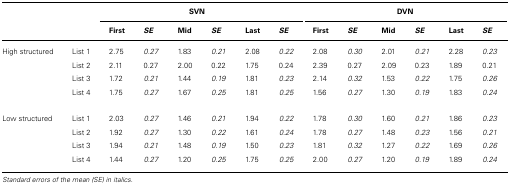
<table><thead><tr><td>[EMPTY_CELL]</td><td>[EMPTY_CELL]</td><td colspan="6"><b>SVN</b></td><td colspan="6"><b>DVN</b></td></tr><tr><td>[EMPTY_CELL]</td><td>[EMPTY_CELL]</td><td><b>First</b></td><td><b><i>SE</i></b></td><td><b>Mid</b></td><td><b><i>SE</i></b></td><td><b>Last</b></td><td><b><i>SE</i></b></td><td><b>First</b></td><td><b><i>SE</i></b></td><td><b>Mid</b></td><td><b><i>SE</i></b></td><td><b>Last</b></td><td><b><i>SE</i></b></td></tr></thead><tbody><tr><td>High structured</td><td>List 1</td><td>2.75</td><td><i>0.27</i></td><td>1.83</td><td><i>0.21</i></td><td>2.08</td><td><i>0.22</i></td><td>2.08</td><td><i>0.30</i></td><td>2.01</td><td><i>0.21</i></td><td>2.28</td><td><i>0.23</i></td></tr><tr><td>[EMPTY_CELL]</td><td>List 2</td><td>2.11</td><td>0.27</td><td>2.00</td><td>0.22</td><td>1.75</td><td>0.24</td><td>2.39</td><td>0.27</td><td>2.09</td><td>0.23</td><td>1.89</td><td>0.21</td></tr><tr><td>[EMPTY_CELL]</td><td>List 3</td><td>1.72</td><td><i>0.21</i></td><td>1.44</td><td><i>0.19</i></td><td>1.81</td><td><i>0.23</i></td><td>2.14</td><td><i>0.32</i></td><td>1.53</td><td><i>0.22</i></td><td>1.75</td><td><i>0.26</i></td></tr><tr><td>[EMPTY_CELL]</td><td>List 4</td><td>1.75</td><td><i>0.27</i></td><td>1.67</td><td><i>0.25</i></td><td>1.81</td><td><i>0.25</i></td><td>1.56</td><td><i>0.27</i></td><td>1.30</td><td><i>0.19</i></td><td>1.83</td><td><i>0.24</i></td></tr><tr><td>Low structured</td><td>List 1</td><td>2.03</td><td><i>0.27</i></td><td>1.46</td><td><i>0.21</i></td><td>1.94</td><td><i>0.22</i></td><td>1.78</td><td><i>0.30</i></td><td>1.60</td><td><i>0.21</i></td><td>1.86</td><td><i>0.23</i></td></tr><tr><td>[EMPTY_CELL]</td><td>List 2</td><td>1.92</td><td><i>0.27</i></td><td>1.30</td><td><i>0.22</i></td><td>1.61</td><td><i>0.24</i></td><td>1.78</td><td><i>0.27</i></td><td>1.48</td><td><i>0.23</i></td><td>1.56</td><td><i>0.21</i></td></tr><tr><td>[EMPTY_CELL]</td><td>List 3</td><td>1.94</td><td><i>0.21</i></td><td>1.48</td><td><i>0.19</i></td><td>1.50</td><td><i>0.23</i></td><td>1.81</td><td><i>0.32</i></td><td>1.27</td><td><i>0.22</i></td><td>1.69</td><td><i>0.26</i></td></tr><tr><td>[EMPTY_CELL]</td><td>List 4</td><td>1.44</td><td><i>0.27</i></td><td>1.20</td><td><i>0.25</i></td><td>1.75</td><td><i>0.25</i></td><td>2.00</td><td><i>0.27</i></td><td>1.20</td><td><i>0.19</i></td><td>1.89</td><td><i>0.24</i></td></tr></tbody></table>